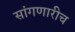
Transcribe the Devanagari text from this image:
सांगणारीच